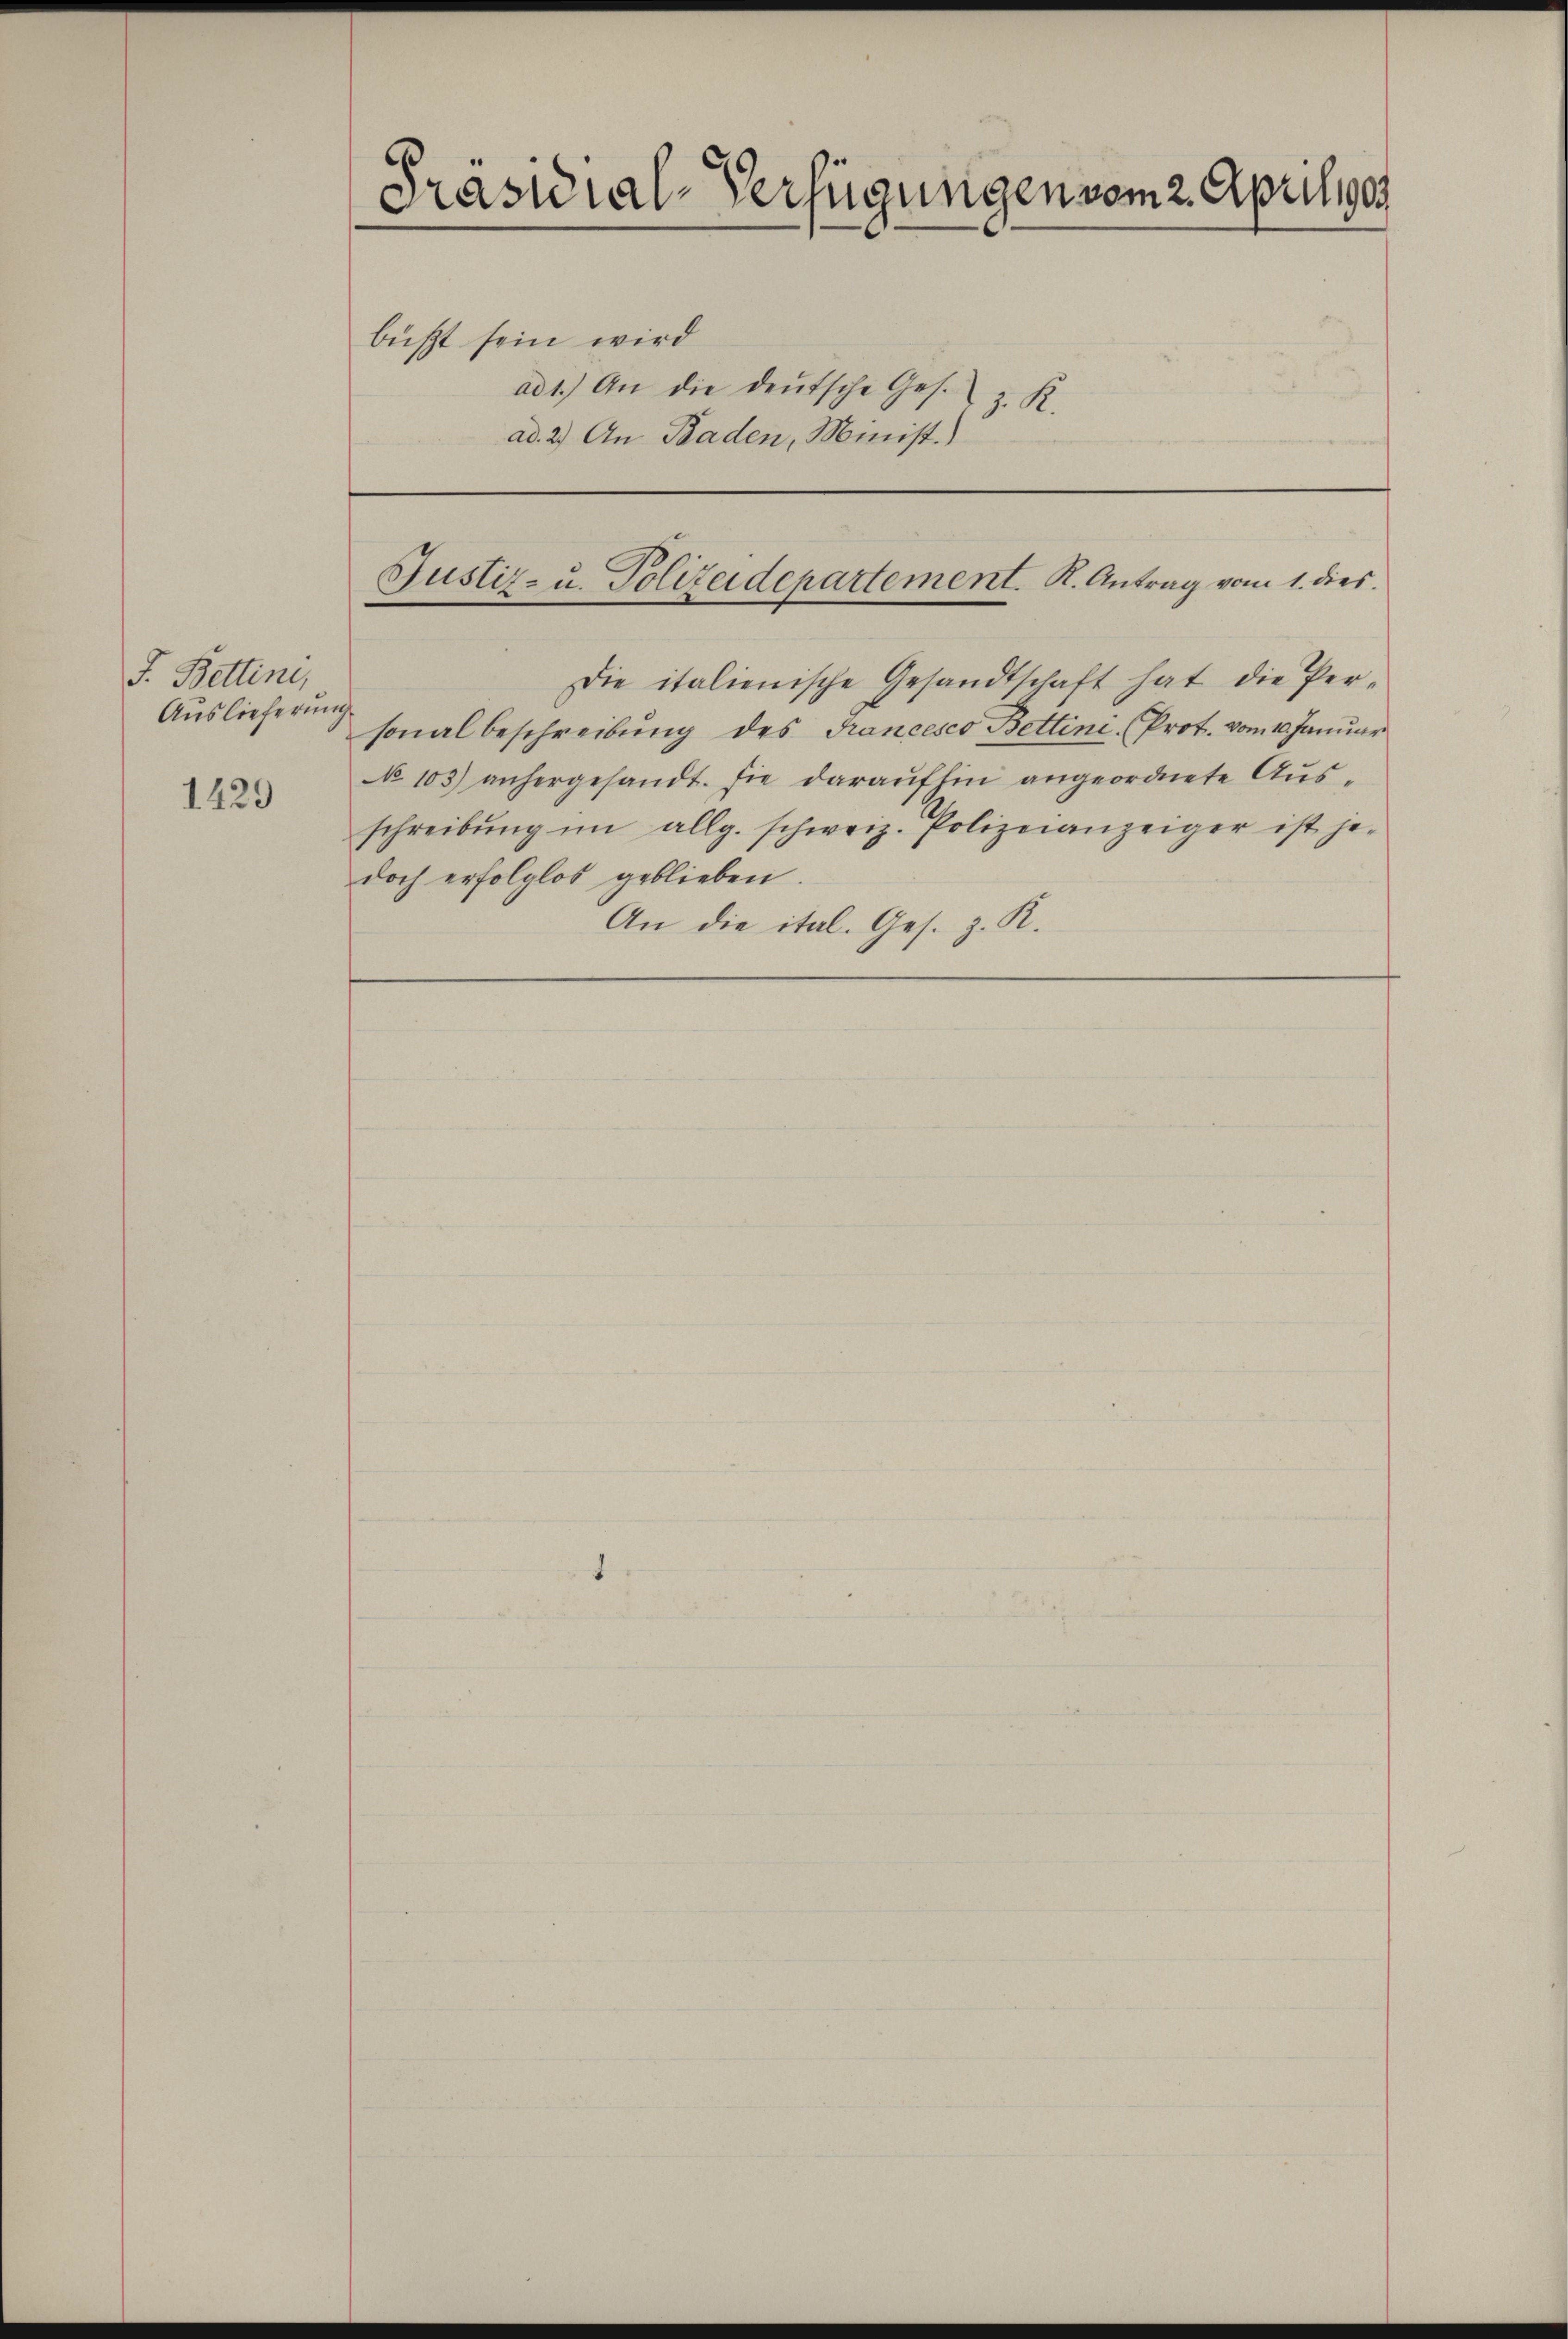
J. Bettini,
Auslieferung

1429

Präsidial-Verfügungen vom 2. April ges

büßt sein wird
ad 1.) An die deutsche Ges.
J. R.
ad. 2.) An Baden, Minist.)

Justiz- u. Polizeidepartement. K. Antrag vom 1. dies

Die italienische Gesandtschaft hat die Personalbeschreibung des Francesco Bettini Prot. vom 10. Januar
No 103) anhergesandt. Die darauflin angeordnete Ausschreibŭng im allg. schweiz. Polizeianzeiger ist je-
doch erfolglos geblieben.
An die ital. Ges. z. R.